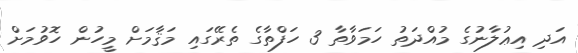
އަދި އިޢުލާނުގެ މުއްދަތު ހަމަވާތާ 3 ހަފްތާގެ ތެރޭގައި މަޤާމަށް މީހުން ހޮވުމަށް